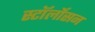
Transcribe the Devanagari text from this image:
स्टॉर्लोसन